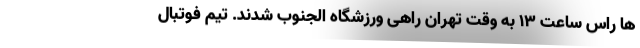
ها راس ساعت 13 به وقت تهران راهی ورزشگاه الجنوب شدند. تیم فوتبال